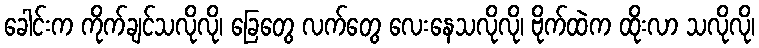
ခေါင်းက ကိုက်ချင်သလိုလို၊ ခြေတွေ လက်တွေ လေးနေသလိုလို၊ ဗိုက်ထဲက ထိုးလာ သလိုလို၊